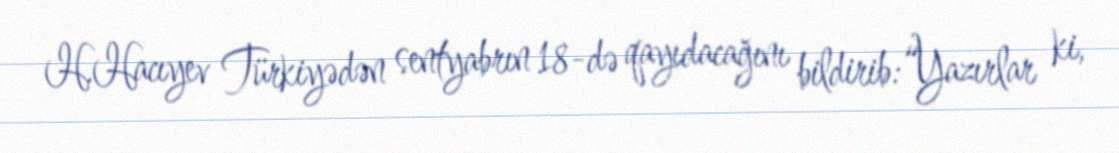
H.Hacıyev Türkiyədən sentyabrın 18-də qayıdacağını bildirib:“Yazırlar ki,